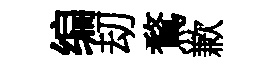
编刧鶩歉